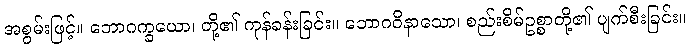
အစွမ်းဖြင့်။ ဘောဂက္ခယော၊ တို့၏ ကုန်ခန်းခြင်း။ ဘောဂဝိနာသော၊ စည်းစိမ်ဥစ္စာတို့၏ ပျက်စီးခြင်း။